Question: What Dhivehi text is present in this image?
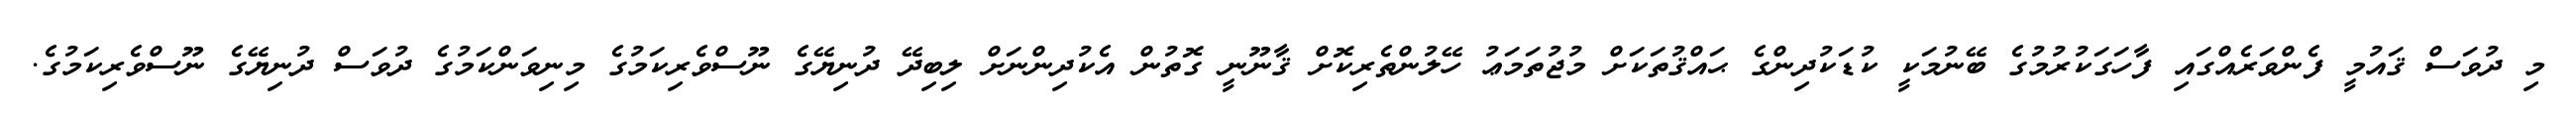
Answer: މި ދުވަސް ޤައުމީ ފެންވަރެއްގައި ފާހަގަކުރުމުގެ ބޭނުމަކީ ކުޑަކުދިންގެ ޙައްޤުތަކަށް މުޖުތަމަޢު ހޭލުންތެރިކޮށް ޤާނޫނީ ގޮތުން އެކުދިންނަށް ލިބިދޭ ދުނިޔޭގެ ނޫސްވެރިކަމުގެ މިނިވަންކަމުގެ ދުވަސް ދުނިޔޭގެ ނޫސްވެރިކަމުގެ.